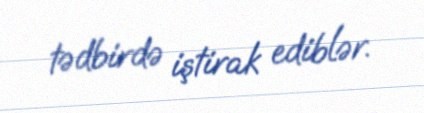
tədbirdə iştirak ediblər.